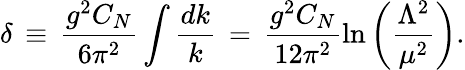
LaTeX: \delta\, \equiv\, \frac{g^{2}C_{N}}{6\pi^{2}}\int\frac{dk}{k}\, =\, \frac{g^{2}C_{N}}{12\pi^{2}}\ln\left(\frac{\Lambda^{2}}{\mu^{2}}\right).